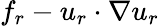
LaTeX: f_{r}-u_{r}\cdot\nabla u_{r}